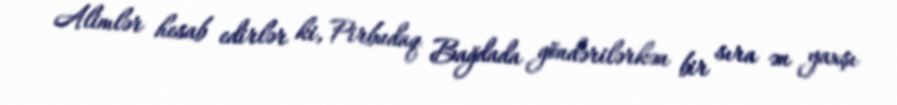
Alimlər hesab edirlər ki, Pirbudaq Bağdada göndərilərkən bir sıra ən yaxşı